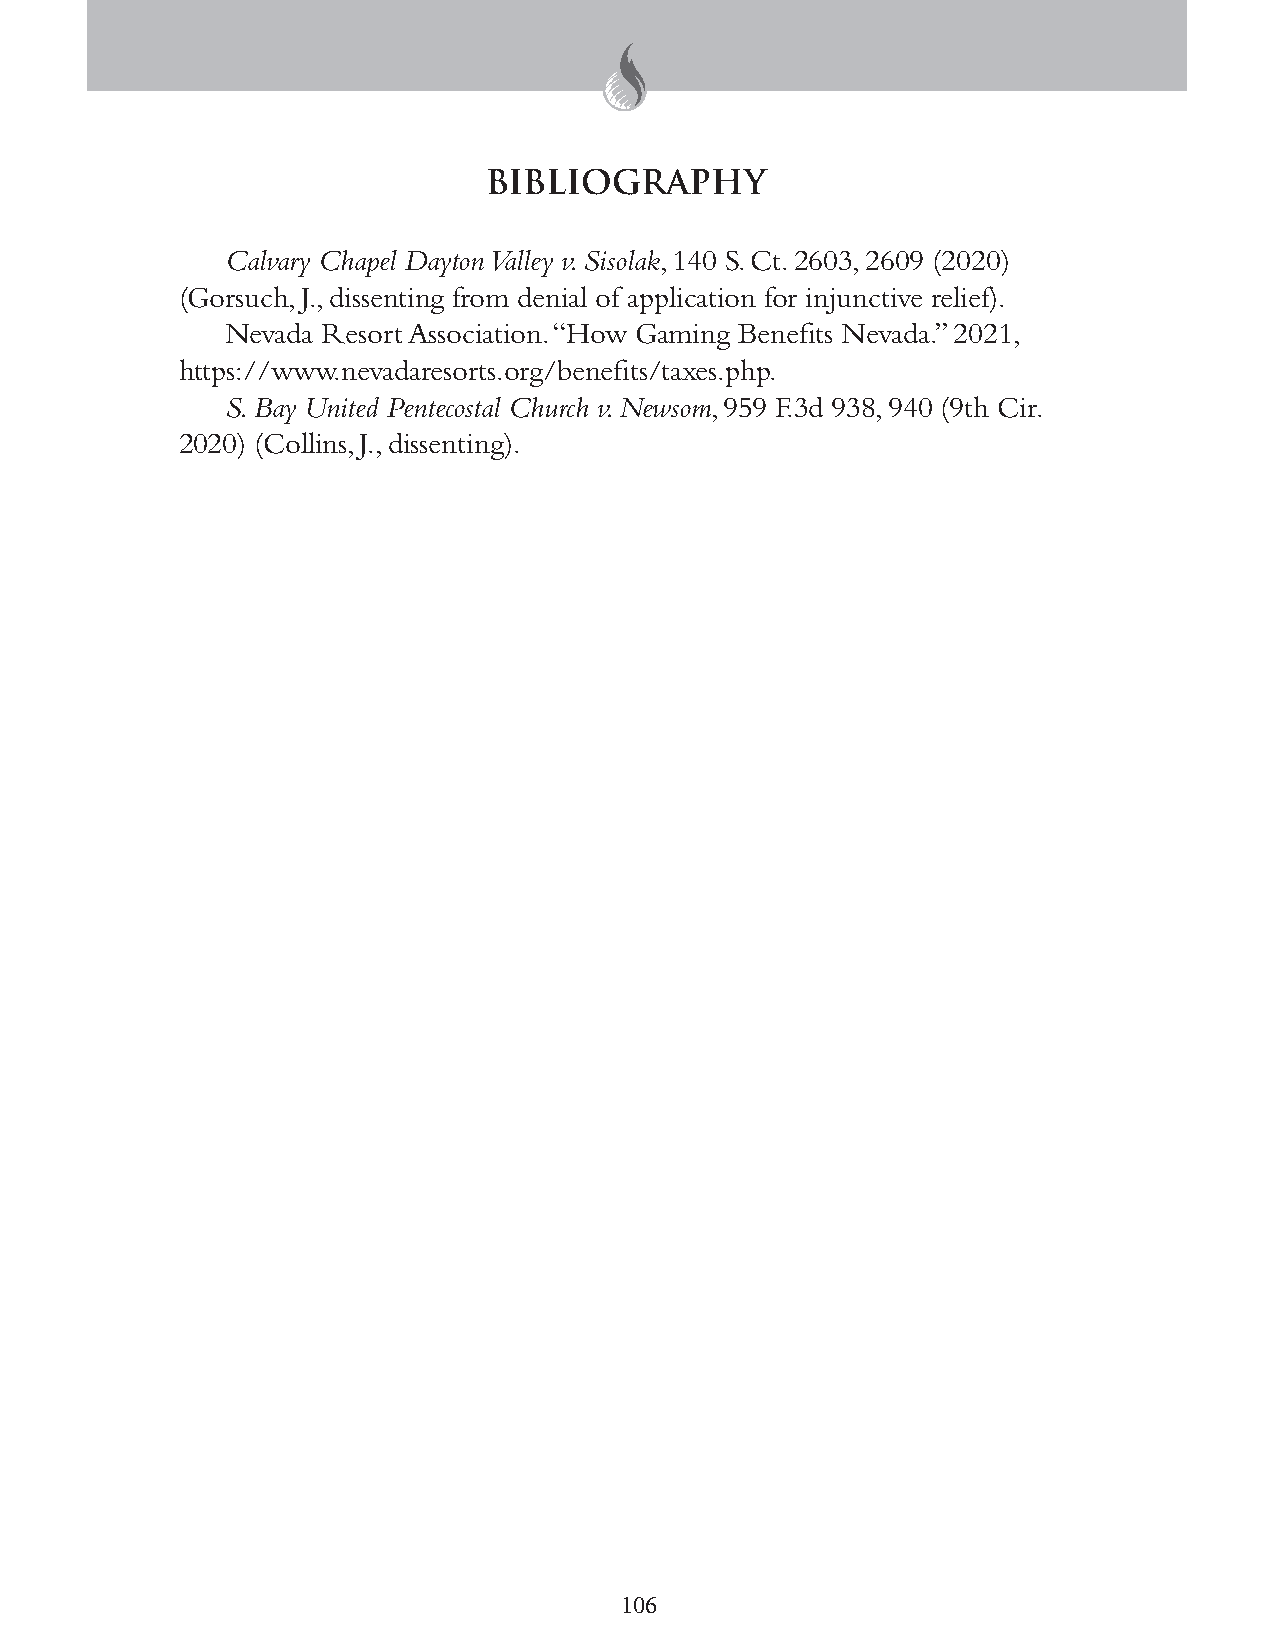
BIBLIOGRAPHY
 Calvary Chapel Dayton Valley v. Sisolak, 140 S. Ct. 2603, 2609 (2020)
 (Gorsuch, J., dissenting from denial of application for injunctive relief).
 Nevada Resort Association. “How Gaming Benefits Nevada.” 2021,
 https://www.nevadaresorts.org/benefits/taxes.php.
 S. Bay United Pentecostal Church v. Newsom, 959 F.3d 938, 940 (9th Cir.
 2020) (Collins, J., dissenting).
 106